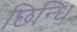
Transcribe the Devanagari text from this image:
छिन्धि